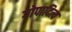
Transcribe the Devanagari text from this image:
गोपादित्य